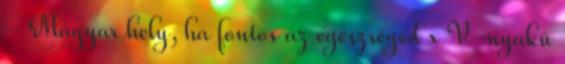
- Magyar hely, ha fontos az egészséged x V-nyakú